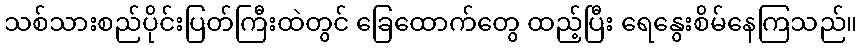
သစ်သားစည်ပိုင်းပြတ်ကြီးထဲတွင် ခြေထောက်တွေ ထည့်ပြီး ရေနွေးစိမ်နေကြသည်။